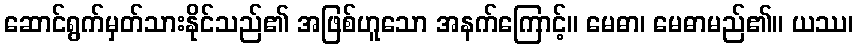
ဆောင်ရွက်မှတ်သားနိုင်သည်၏ အဖြစ်ဟူသော အနက်ကြောင့်။ မေဓာ၊ မေဓာမည်၏။ ယဿ၊